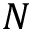
N